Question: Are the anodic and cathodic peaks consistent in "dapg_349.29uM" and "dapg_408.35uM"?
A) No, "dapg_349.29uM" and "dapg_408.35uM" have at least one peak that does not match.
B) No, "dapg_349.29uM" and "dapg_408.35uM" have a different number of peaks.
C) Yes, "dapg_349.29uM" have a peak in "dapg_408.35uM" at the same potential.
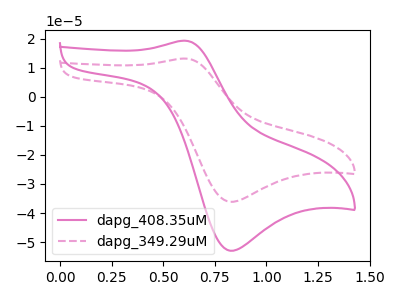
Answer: <think>The pink curve "dapg_408.35uM" has an anodic peak at (0.60V, 19.35uA) and a cathodic peak at (0.80V, -52.95uA). The pink dashed curve "dapg_349.29uM" has an anodic peak at (0.60V, 13.20uA) and a cathodic peak at (0.80V, -36.10uA).</think>
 <answer>C) Yes, "dapg_349.29uM" have a peak in "dapg_408.35uM" at the same potential.</answer>
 <eval>C</eval>